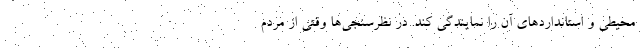
محیطی و استاندارد‌های آن را نمایندگی کند. در نظرسنجی‌ها وقتی از مردم